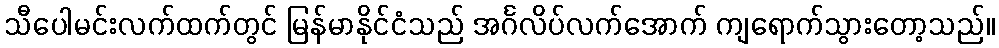
သီပေါမင်းလက်ထက်တွင် မြန်မာနိုင်ငံသည် အင်္ဂလိပ်လက်အောက် ကျရောက်သွားတော့သည်။